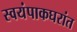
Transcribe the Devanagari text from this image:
स्वयंपाकघरांत